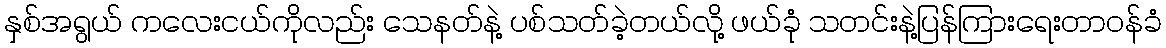
နှစ်အရွယ် ကလေးငယ်ကိုလည်း သေနတ်နဲ့ ပစ်သတ်ခဲ့တယ်လို့ ဖယ်ခုံ သတင်းနဲ့ပြန်ကြားရေးတာဝန်ခံ